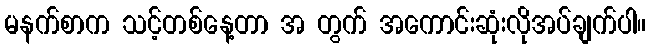
မနက်စာက သင့်တစ်နေ့တာ အ တွက် အကောင်းဆုံးလိုအပ်ချက်ပါ။